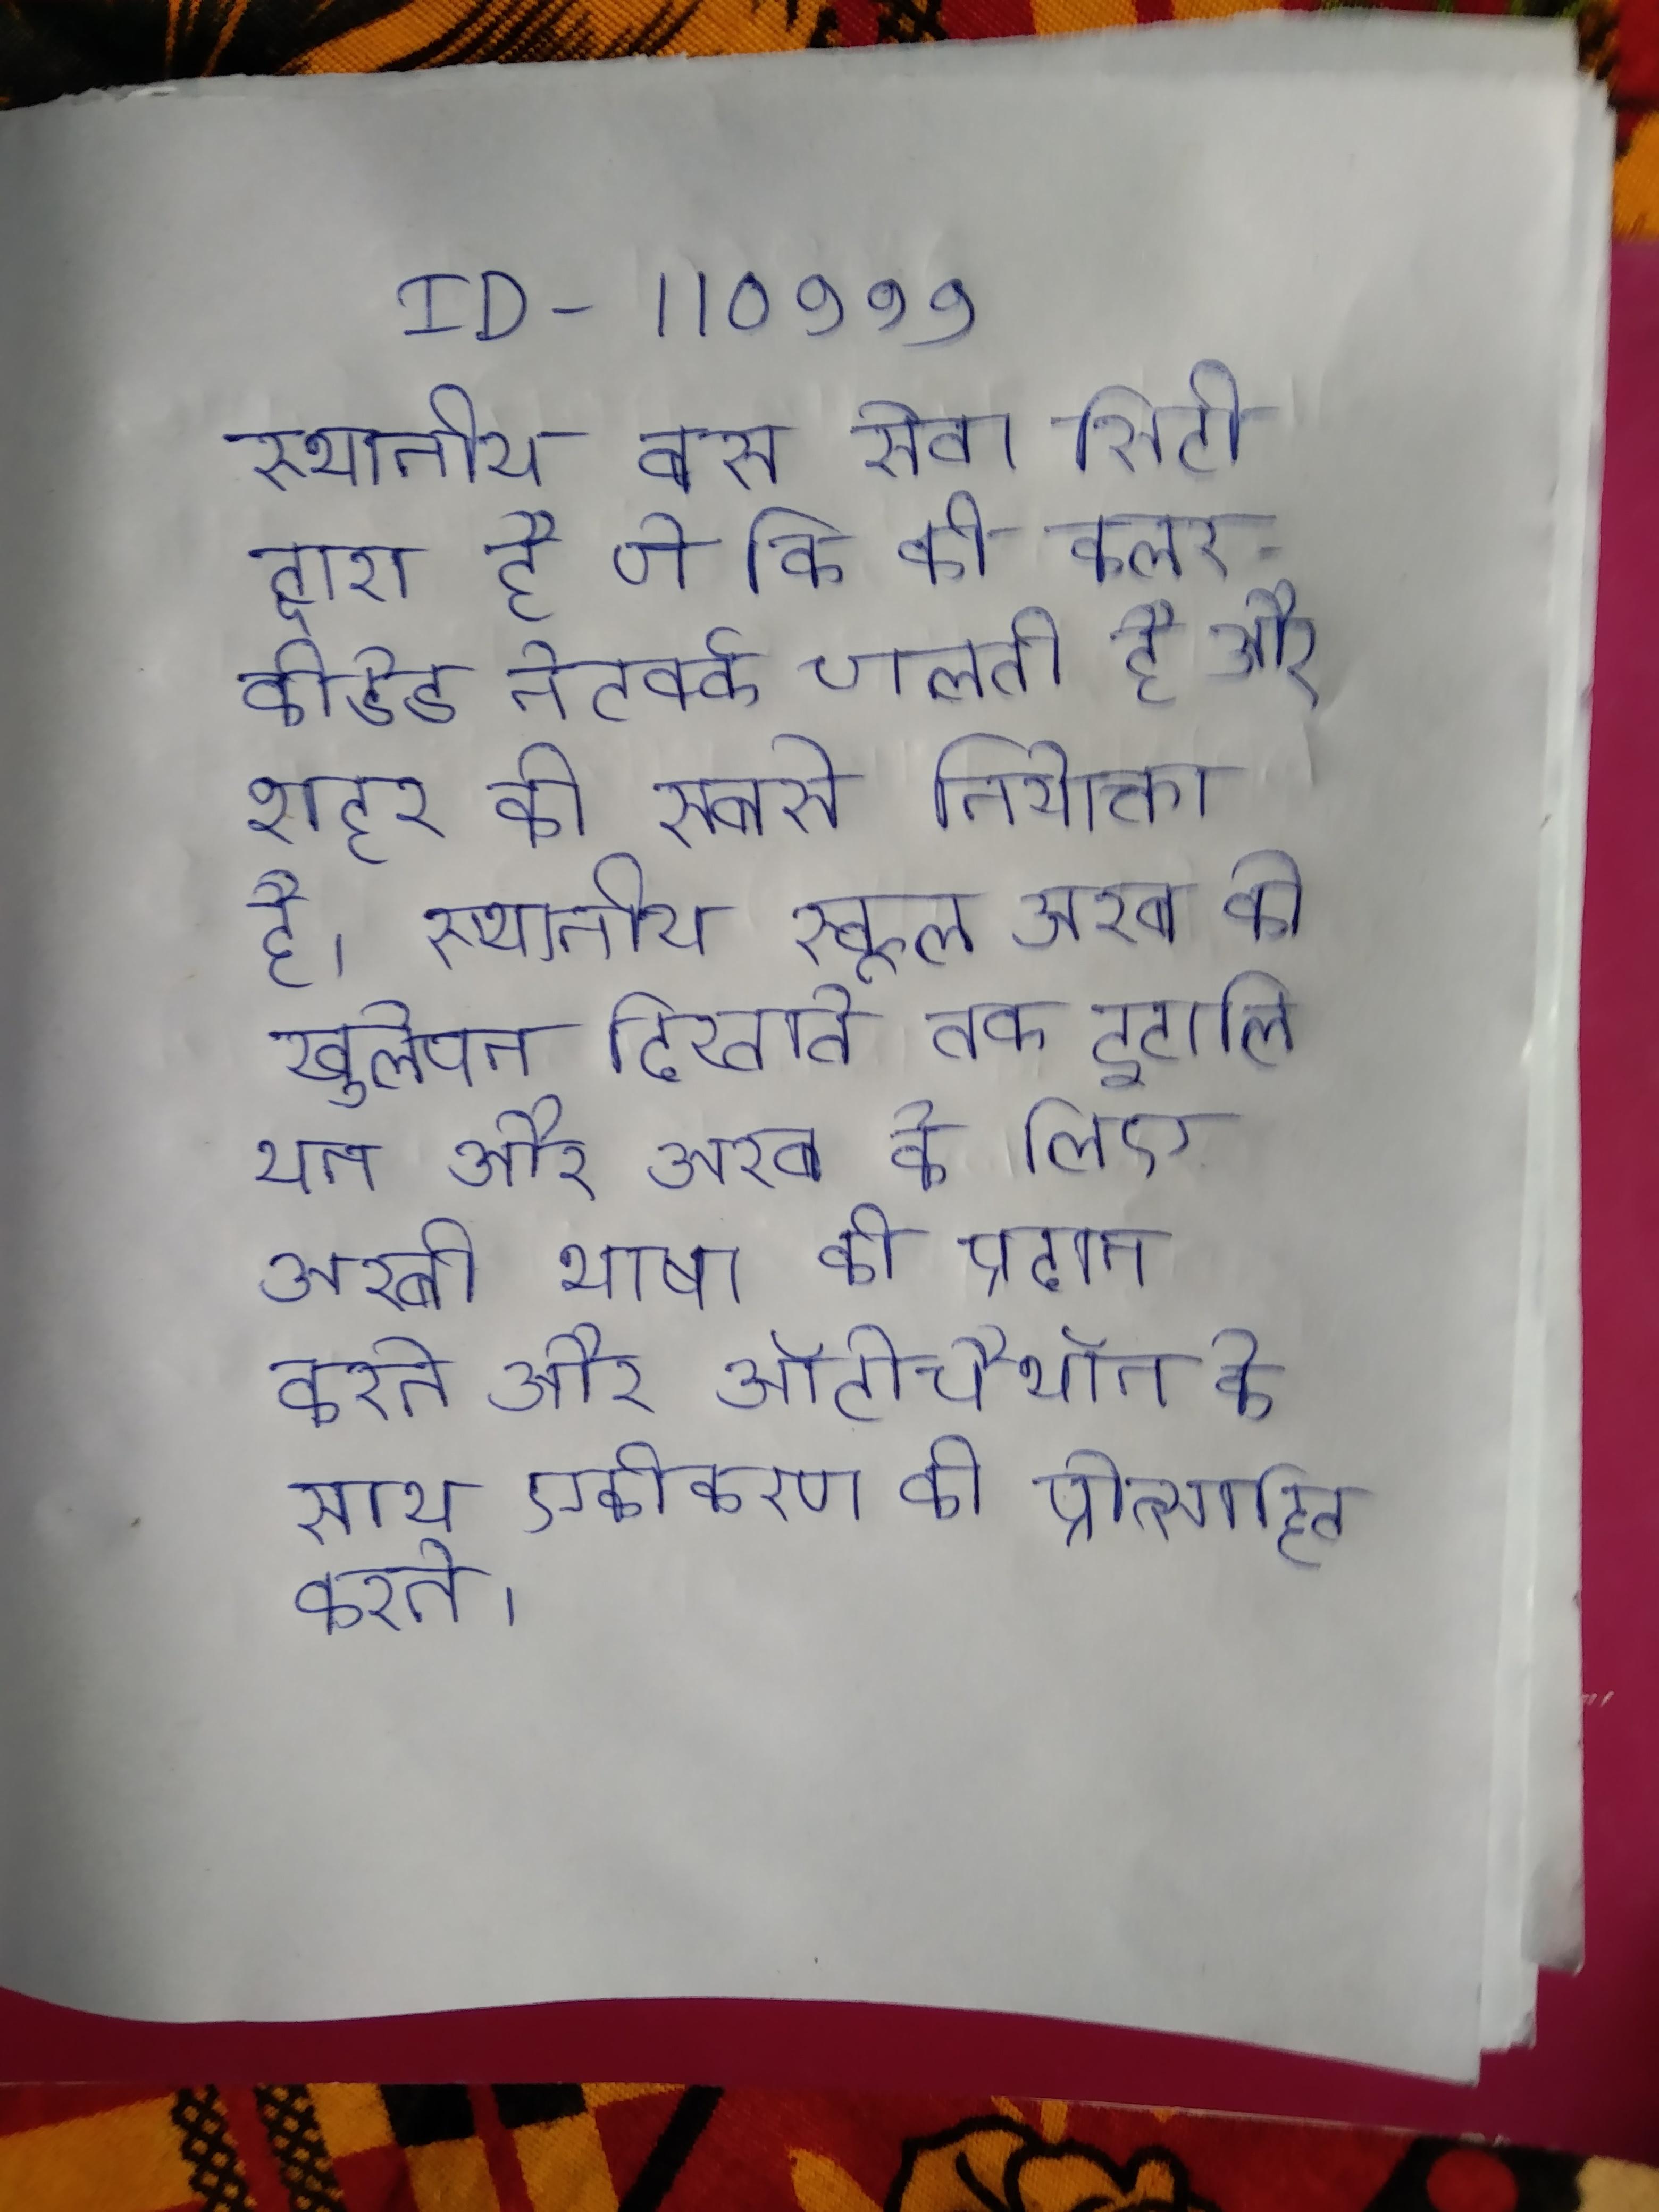
स्थानीय बस सेवा सिटी द्वारा है जो कि की कलर-कोडेड नेटवर्क चलती है और शहर की सबसे नियोक्ता है । स्थानीय स्कूल अरब को खुलेपन दिखाते तक इटालियन और अरब के लिए अरबी भाषा की प्रदान करते और ऑटोचैथॉन के साथ एकीकरण को प्रोत्साहित करते ।